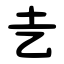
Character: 㐋